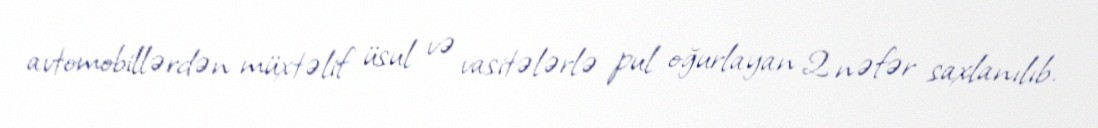
avtomobillərdən müxtəlif üsul və vasitələrlə pul oğurlayan 2 nəfər saxlanılıb.